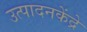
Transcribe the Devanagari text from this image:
उत्पादनकेंद्रे